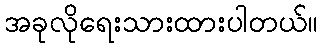
အခုလိုရေးသားထားပါတယ်။